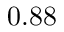
0 . 8 8